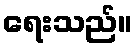
ရေးသည်။